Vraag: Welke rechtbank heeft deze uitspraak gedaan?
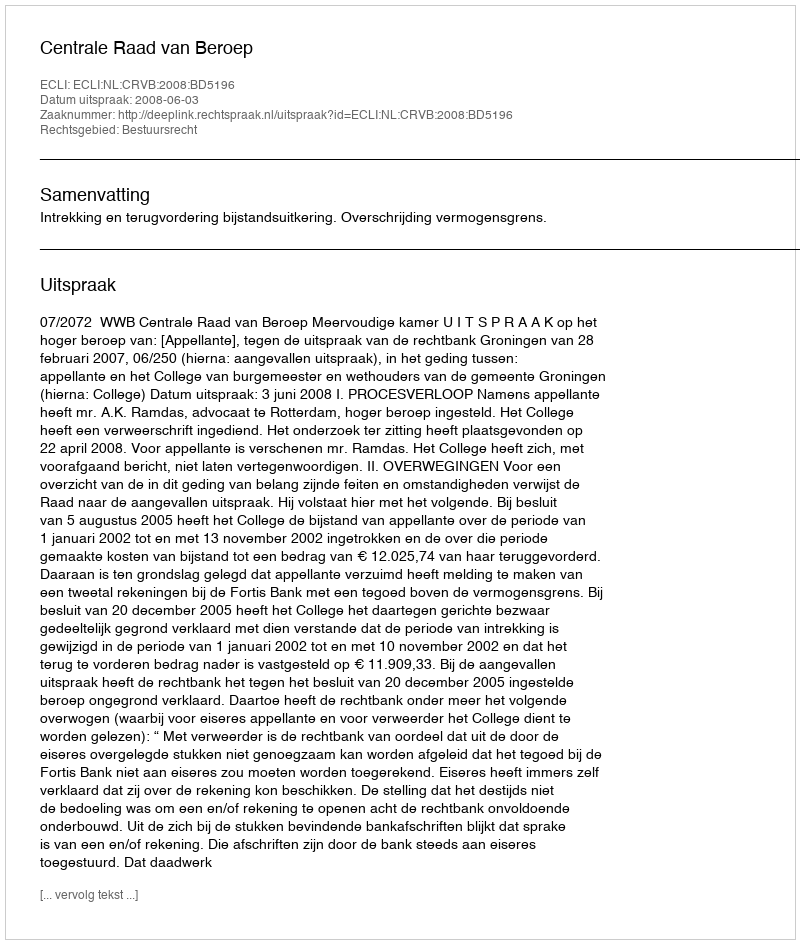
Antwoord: Centrale Raad van Beroep